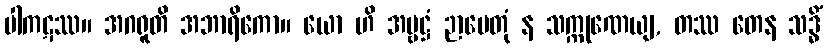
ပါကဋဿ။ အဂရူတိ အဘာရိကော။ ယော ဟိ အမ္ဗဋ္ဌံ ဉာပေတုံ န သက္ကုဏေယျ, တဿ တေန သဒ္ဓိံ